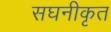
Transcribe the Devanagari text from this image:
सघनीकृत